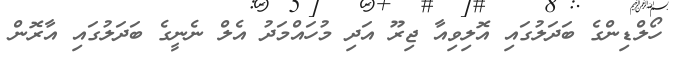
ހޯލްޑިންގެ ބަދަލުގައި އޮލިވިއާ ޖިރޫ އަދި މުހައްމަދު އެލް ނެނީގެ ބަދަލުގައި އާރޮން